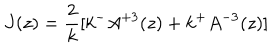
LaTeX: J ( z ) = \frac { 2 } { k } [ k ^ { - } A ^ { + 3 } ( z ) + k ^ { + } A ^ { - 3 } ( z ) ]